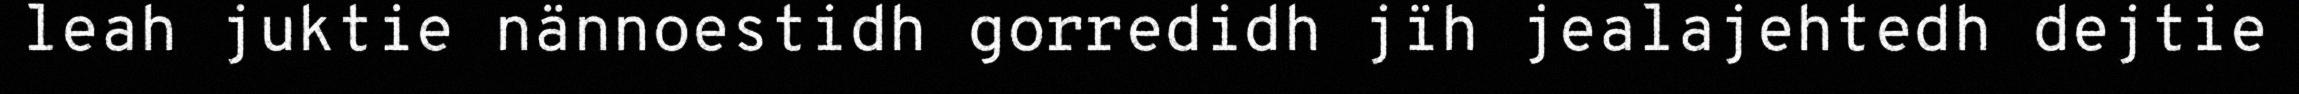
leah juktie nännoestidh gorredidh jïh jealajehtedh dejtie